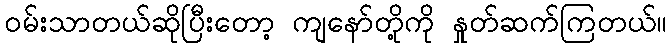
ဝမ်းသာတယ်ဆိုပြီးတော့ ကျနော်တို့ကို နှုတ်ဆက်ကြတယ်။